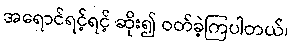
အရောင်ရင့်ရင့် ဆိုး၍ ဝတ်ခဲ့ကြပါတယ်၊